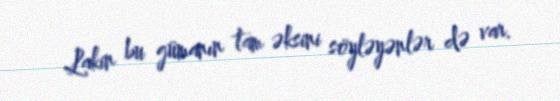
Lakin bu gümanın tam əksini söyləyənlər də var.